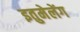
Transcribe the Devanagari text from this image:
इतुमेलेंग